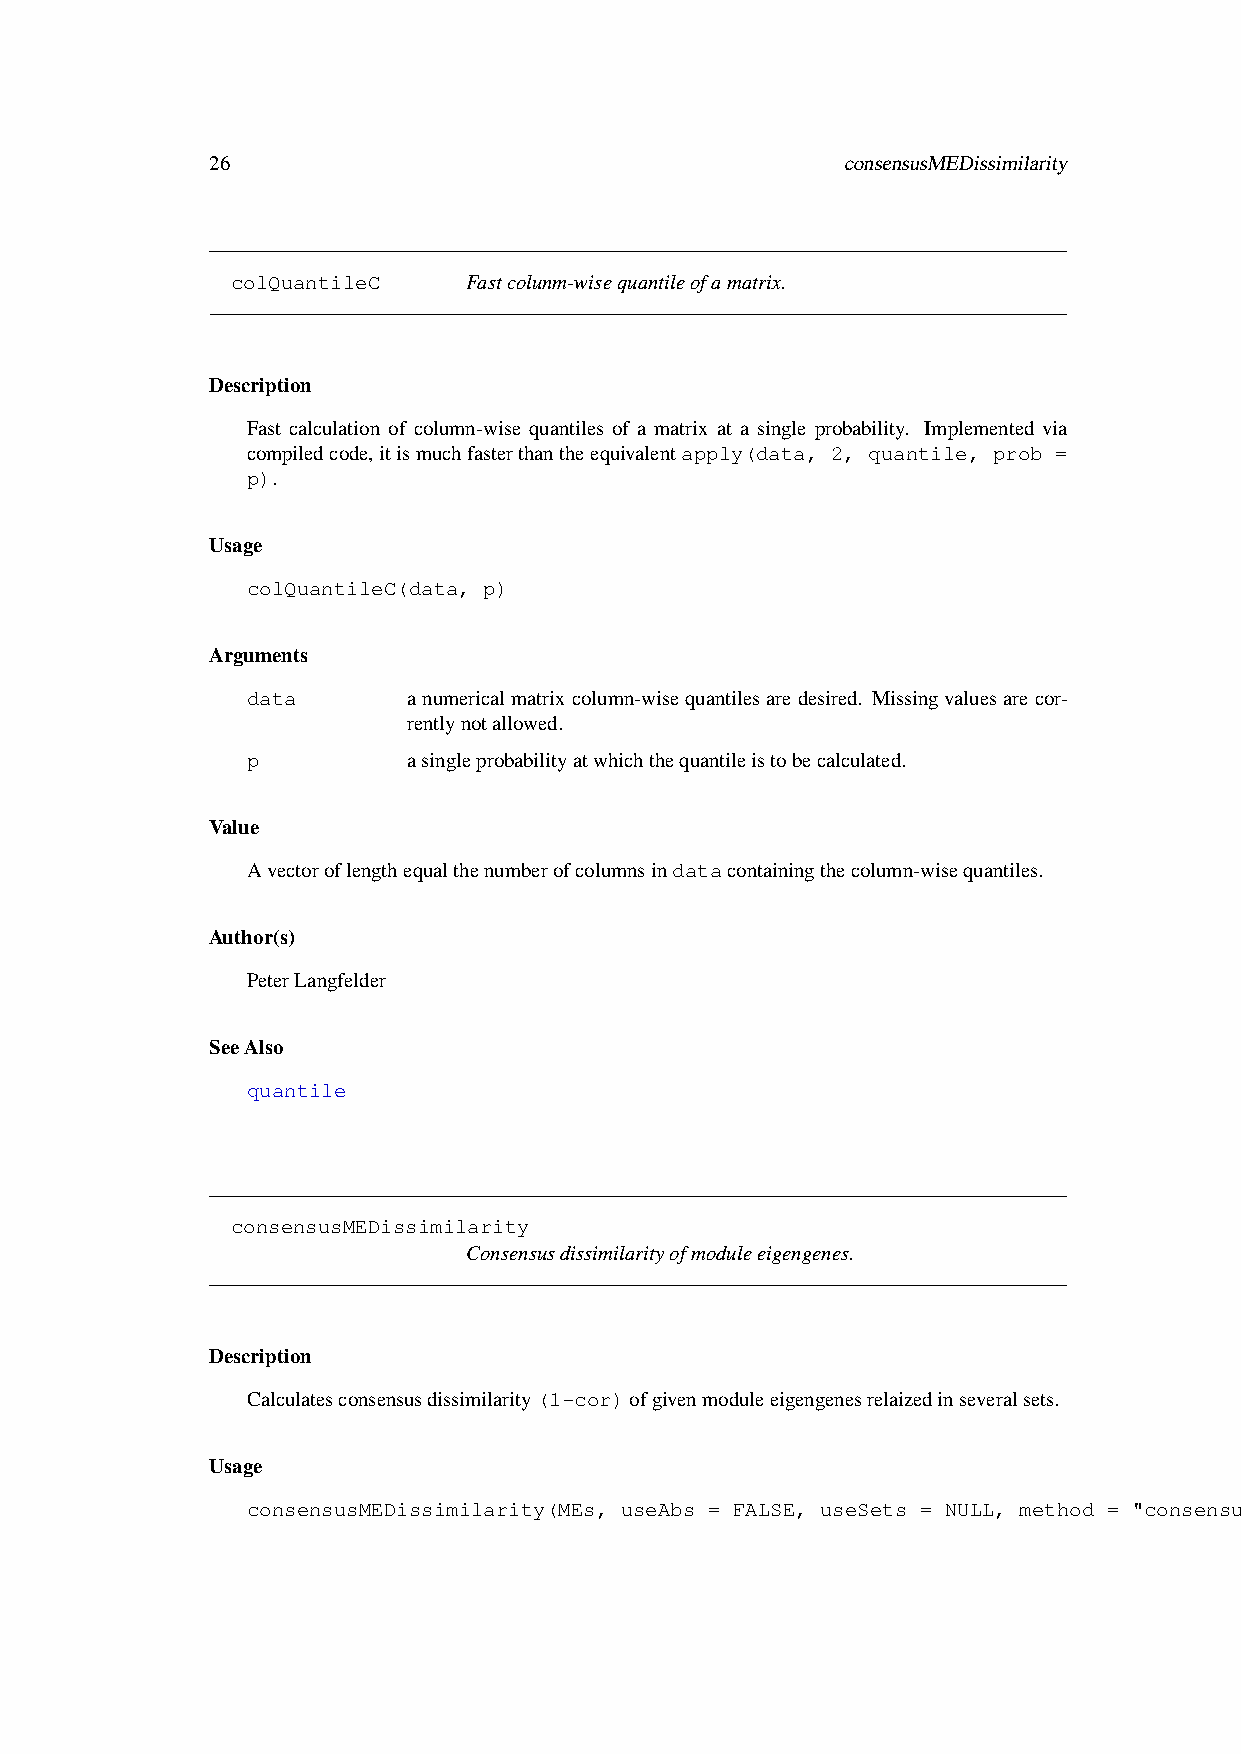
26                                        consensusMEDissimilarity
 colQuantileC    Fastcolunm-wisequantileofamatrix.
 Description
 Fast calculation of column-wise quantiles of a matrix at a single probability. Implemented via
 compiledcode,itismuchfasterthantheequivalentapply(data, 2, quantile, prob =
 p).
 Usage
 colQuantileC(data, p)
 Arguments
 data       anumericalmatrixcolumn-wisequantilesaredesired. Missingvaluesarecor-
 rentlynotallowed.
 p          asingleprobabilityatwhichthequantileistobecalculated.
 Value
 Avectoroflengthequalthenumberofcolumnsindatacontainingthecolumn-wisequantiles.
 Author(s)
 PeterLangfelder
 SeeAlso
 quantile
 consensusMEDissimilarity
 Consensusdissimilarityofmoduleeigengenes.
 Description
 Calculatesconsensusdissimilarity(1-cor)ofgivenmoduleeigengenesrelaizedinseveralsets.
 Usage
 consensusMEDissimilarity(MEs, useAbs = FALSE, useSets = NULL, method = "consensus")